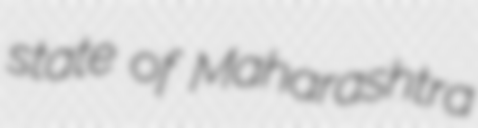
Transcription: state of Maharashtra